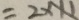
= 2 \times 1 1